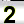
Digit: 2